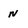
Character: n